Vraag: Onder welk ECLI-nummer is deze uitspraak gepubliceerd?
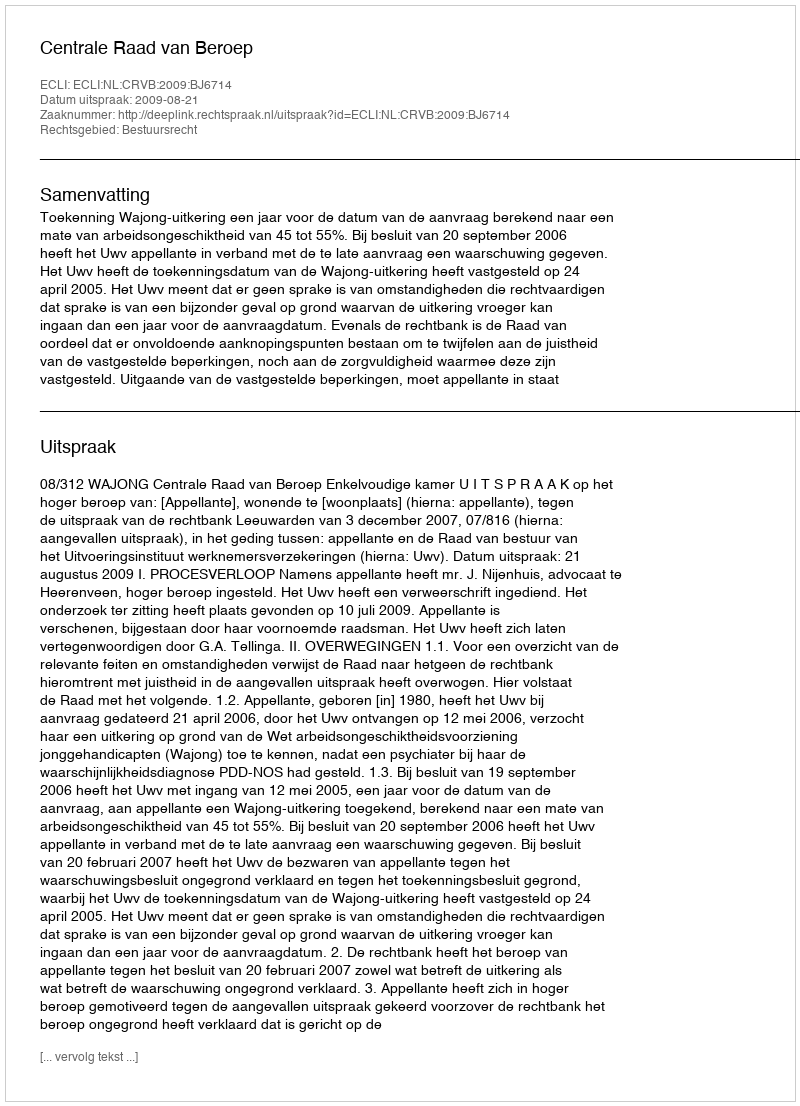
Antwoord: ECLI:NL:CRVB:2009:BJ6714